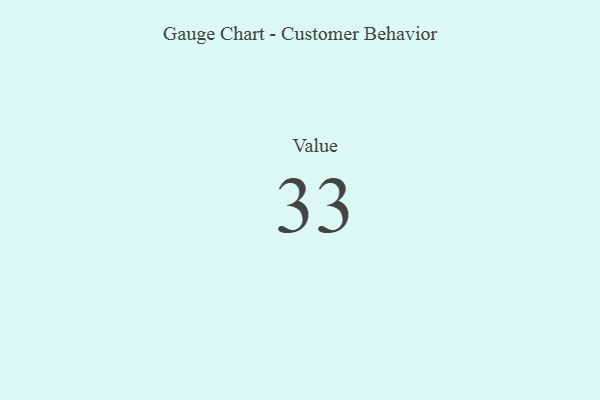
{"axis": {"x": "Metric", "y": "Value"}, "legend": [""], "data": [{"x": "Value", "y": 33, "type": ""}]}